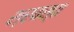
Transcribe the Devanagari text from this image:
श्रवस्त